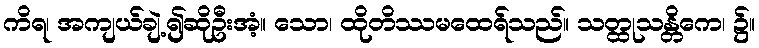
ကိရ၊ အကျယ်ချဲ့၍ဆိုဦးအံ့။ သော၊ ထိုတိဿမထေရ်သည်။ သတ္ထုသန္တိကေ၊ ၌။